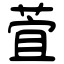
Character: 萓